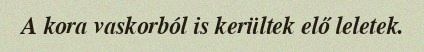
A kora vaskorból is kerültek elő leletek.